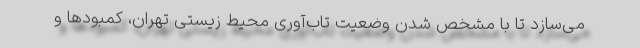
می‌سازد تا با مشخص شدن وضعیت تاب‌آوری محیط زیستی تهران، کمبودها و